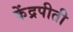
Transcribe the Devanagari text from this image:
केंद्रपीती